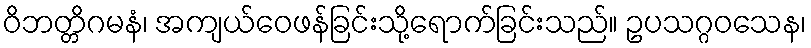
ဝိဘတ္တိဂမနံ၊ အကျယ်ဝေဖန်ခြင်းသို့ရောက်ခြင်းသည်။ ဥပသဂ္ဂဝသေန၊